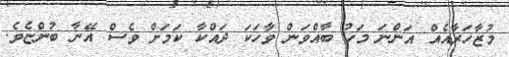
މުޒާހަރާއެއް އަންނަ މަހު ބާއްވަން ވާހަކަ ދައްކާ ކަމަށް ވެސް އޭނާ ބުންޏެވެ.